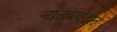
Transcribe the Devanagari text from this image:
नाट्यवेडाने